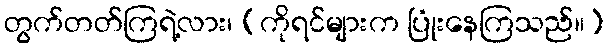
တွက်တတ်ကြရဲ့လား၊ (ကိုရင်များက ပြုံးနေကြသည်။)